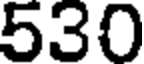
530